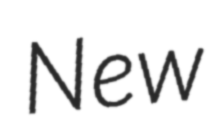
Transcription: New